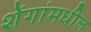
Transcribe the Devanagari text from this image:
शेंगांमधील